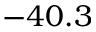
- 4 0 . 3